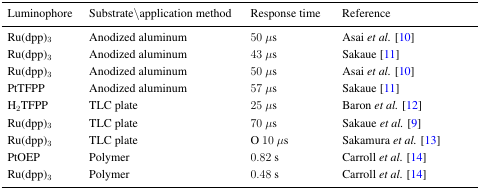
<table><thead><tr><td><b>Luminophore</b></td><td><b>Substrate\application method</b></td><td><b>Response time</b></td><td><b>Reference</b></td></tr></thead><tbody><tr><td>Ru(dpp)<sub>3</sub></td><td>Anodized aluminum</td><td>50 <i>μ</i>s</td><td>Asai <i>et al.</i> [10]</td></tr><tr><td>Ru(dpp)<sub>3</sub></td><td>Anodized aluminum</td><td>43 <i>μ</i>s</td><td>Sakaue [11]</td></tr><tr><td>Ru(dpp)<sub>3</sub></td><td>Anodized aluminum</td><td>50 <i>μ</i>s</td><td>Asai <i>et al.</i> [10]</td></tr><tr><td>PtTFPP</td><td>Anodized aluminum</td><td>57 <i>μ</i>s</td><td>Sakaue [11]</td></tr><tr><td>H<sub>2</sub>TFPP</td><td>TLC plate</td><td>25 <i>μ</i>s</td><td>Baron <i>et al.</i> [12]</td></tr><tr><td>Ru(dpp)<sub>3</sub></td><td>TLC plate</td><td>70 <i>μ</i>s</td><td>Sakaue <i>et al.</i> [9]</td></tr><tr><td>Ru(dpp)<sub>3</sub></td><td>TLC plate</td><td>O 10 <i>μ</i>s</td><td>Sakamura <i>et al.</i> [13]</td></tr><tr><td>PtOEP</td><td>Polymer</td><td>0.82 s</td><td>Carroll <i>et al.</i> [14]</td></tr><tr><td>Ru(dpp)<sub>3</sub></td><td>Polymer</td><td>0.48 s</td><td>Carroll <i>et al.</i> [14]</td></tr></tbody></table>